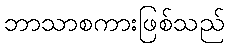
ဘာသာစကားဖြစ်သည်